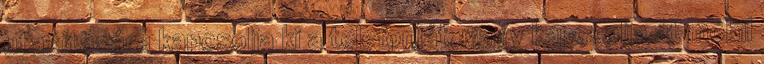
utasítására kapcsolja ki a telefonját, vagy kapcsolja át mobil